Annual report of the Imperial Bacteriologist
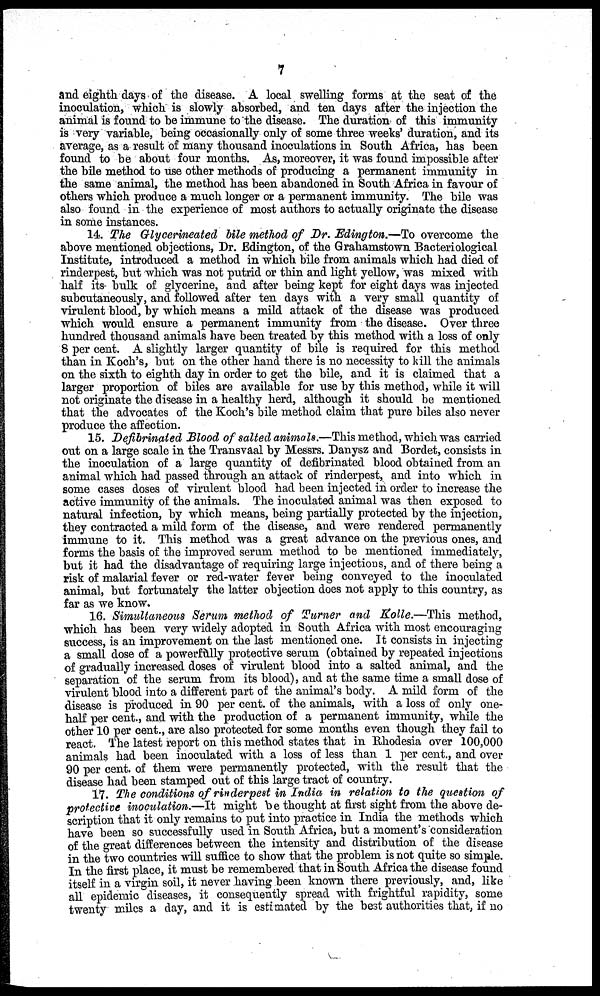
7
and eighth days of the disease. A local swelling forms at the seat of the
inoculation, which is slowly absorbed, and ten days after the injection the
animal is found to be immune to the disease. The duration of this immunity
is very variable, being occasionally only of some three weeks' duration, and its
average, as a result of many thousand inoculations in South Africa, has been
found to be about four months. As, moreover, it was found impossible after
the bile method to use other methods of producing a permanent immunity in
the same animal, the method has been abandoned in South Africa in favour of
others which produce a much longer or a permanent immunity. The bile was
also found in the experience of most authors to actually originate the disease
in some instances.
14. The Glycerineated bile method of Dr. Edington.—To overcome the
above mentioned objections, Dr. Edington, of the Grahamstown Bacteriological
Institute, introduced a method in which bile from animals which had died of
rinderpest, but which was not putrid or thin and light yellow, was mixed with
half its- bulk of glycerine, and after being kept for eight days was injected
subcutaneously, and followed after ten days with a very small quantity of
virulent blood, by which means a mild attack of the disease was produced
which would ensure a permanent immunity from the disease. Over three
hundred thousand animals have been treated by this method with a loss of only
8 per cent. A slightly larger quantity of bile is required for this method
than in Koch's, but on the other hand there is no necessity to kill the animals
on the sixth to eighth day in order to get the bile, and it is claimed that a
larger proportion of biles are available for use by this method, while it will
not originate the disease in a healthy herd, although it should be mentioned
that the advocates of the Koch's bile method claim that pure biles also never
produce the affection.
15. Defibrinated Blood of salted animals.—This method, which was carried
out on a large scale in the Transvaal by Messrs. Danysz and Bordet, consists in
the inoculation of a large quantity of defibrinated blood obtained from an
animal which had passed through an attack of rinderpest, and into which in
some cases doses of virulent blood had been injected in order to increase the
active immunity of the animals. The inoculated animal was then exposed to
natural infection, by which means, being partially protected by the injection,
they contracted a mild form of the disease, and were rendered permanently
immune to it. This method was a great advance on the previous ones, and
forms the basis of the improved serum method to be mentioned immediately,
but it had the disadvantage of requiring large injections, and of there being a
risk of malarial fever or red-water fever being conveyed to the inoculated
animal, but fortunately the latter objection does not apply to this country, as
far as we know.
16. Simultaneous Serum method of Turner and Kolle.—This method,
which has been very widely adopted in South Africa with most encouraging
success, is an improvement on the last mentioned one. It consists in injecting
a small dose of a powerfully protective serum (obtained by repeated injections
of gradually increased doses of virulent blood into a salted animal, and the
separation of the serum from its blood), and at the same time a small dose of
virulent blood into a different part of the animal's body. A mild form of the
disease is produced in 90 per cent. of the animals, with a loss of only one-
half per cent., and with the production of a permanent immunity, while the
other 10 per cent., are also protected for some months even though they fail to
react. The latest report on this method states that in Rhodesia over 100,000
animals had been inoculated with a loss of less than 1 per cent., and over
90 per cent. of them were permanently protected, with the result that the
disease had been stamped out of this large tract of country.
17. The conditions of rinderpest in India in relation to the question of
protective inoculation.—It might be thought at first sight from the above de-
scription that it only remains to put into practice in India the methods which
have been so successfully used in South Africa, but a moment's consideration
of the great differences between the intensity and distribution of the disease
in the two countries will suffice to show that the problem is not quite so simple.
In the first place, it must be remembered that in South Africa the disease found
itself in a virgin soil, it never having been known there previously, and, like
all epidemic diseases, it consequently spread with frightful rapidity, some
twenty miles a day, and it is estimated by the best authorities that, if no